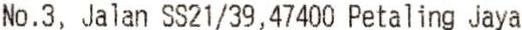
NO.3, JALAN SS21/39,47400 PETALING JAYA